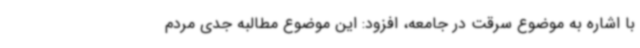
با اشاره به موضوع سرقت در جامعه، افزود: این موضوع مطالبه جدی مردم